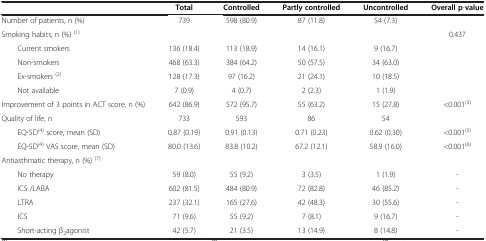
<table><thead><tr><td><b> </b></td><td><b>Total</b></td><td><b>Controlled</b></td><td><b>Partly controlled</b></td><td><b>Uncontrolled</b></td><td><b>Overall p-value</b></td></tr></thead><tbody><tr><td>Number of patients, n (%)</td><td>739</td><td>598 (80.9)</td><td>87 (11.8)</td><td>54 (7.3)</td><td> </td></tr><tr><td>Smoking habits, n (%) <sup>(1)</sup></td><td> </td><td> </td><td> </td><td> </td><td>0.437</td></tr><tr><td>Current smokers</td><td>136 (18.4)</td><td>113 (18.9)</td><td>14 (16.1)</td><td>9 (16.7)</td><td> </td></tr><tr><td>Non-smokers</td><td>468 (63.3)</td><td>384 (64.2)</td><td>50 (57.5)</td><td>34 (63.0)</td><td> </td></tr><tr><td>Ex-smokers <sup>(2)</sup></td><td>128 (17.3)</td><td>97 (16.2)</td><td>21 (24.1)</td><td>10 (18.5)</td><td> </td></tr><tr><td>Not available</td><td>7 (0.9)</td><td>4 (0.7)</td><td>2 (2.3)</td><td>1 (1.9)</td><td> </td></tr><tr><td>Improvement of 3 points in ACT score, n (%)</td><td>642 (86.9)</td><td>572 (95.7)</td><td>55 (63.2)</td><td>15 (27.8)</td><td>&lt;0.001<sup>(3)</sup></td></tr><tr><td>Quality of life, n</td><td>733</td><td>593</td><td>86</td><td>54</td><td> </td></tr><tr><td>EQ-5D<sup>(4)</sup> score, mean (SD)</td><td>0.87 (0.19)</td><td>0.91 (0.13)</td><td>0.71 (0.23)</td><td>0.62 (0.30)</td><td>&lt;0.001<sup>(5)</sup></td></tr><tr><td>EQ-5D<sup>(4)</sup> VAS score, mean (SD)</td><td>80.0 (13.6)</td><td>83.8 (10.2)</td><td>67.2 (12.1)</td><td>58.9 (16.0)</td><td>&lt;0.001<sup>(6)</sup></td></tr><tr><td>Antiasthmatic therapy, n (%) <sup>(7)</sup></td><td> </td><td> </td><td> </td><td> </td><td> </td></tr><tr><td>No therapy</td><td>59 (8.0)</td><td>55 (9.2)</td><td>3 (3.5)</td><td>1 (1.9)</td><td>-</td></tr><tr><td>ICS /LABA</td><td>602 (81.5)</td><td>484 (80.9)</td><td>72 (82.8)</td><td>46 (85.2)</td><td>-</td></tr><tr><td>LTRA</td><td>237 (32.1)</td><td>165 (27.6)</td><td>42 (48.3)</td><td>30 (55.6)</td><td>-</td></tr><tr><td>ICS</td><td>71 (9.6)</td><td>55 (9.2)</td><td>7 (8.1)</td><td>9 (16.7)</td><td>-</td></tr><tr><td>Short-acting β<sub>2</sub>agonist</td><td>42 (5.7)</td><td>21 (3.5)</td><td>13 (14.9)</td><td>8 (14.8)</td><td>-</td></tr></tbody></table>